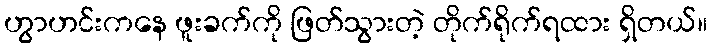
ဟွာဟင်းကနေ ဖူးခက်ကို ဖြတ်သွားတဲ့ တိုက်ရိုက်ရထား ရှိတယ်။